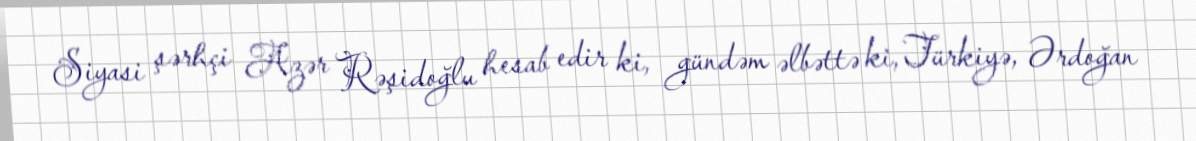
Siyasi şərhçi Azər Rəşidoğlu hesab edir ki, gündəm əlbəttə ki, Türkiyə, Ərdoğan